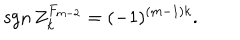
\mathrm { s g n } \, { Z } _ { k } ^ { F _ { m - 2 } } = ( - 1 ) ^ { ( m - 1 ) k } .